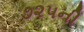
૭૨૫ની